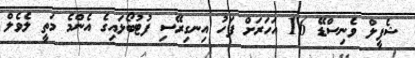
ޝެފީލް ވެނިސްޑޭ 16 އަހަރަށް ފަހު އިނގިރޭސި ފުޓުބޯޅައިގެ އެންމެ މަތީ ލެވެލް